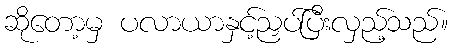
ဆိုတော့မှ ပလာယာနှင့်ညှပ်ပြီးလှည့်သည်။